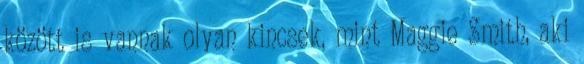
között is vannak olyan kincsek, mint Maggie Smith, aki